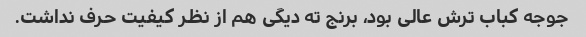
جوجه کباب ترش عالی بود، برنج ته دیگی هم از نظر کیفیت حرف نداشت.